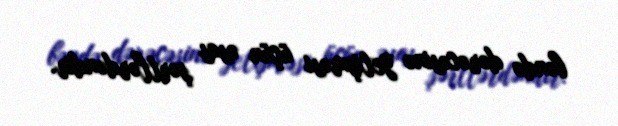
bəndə dərəcəsinə yetişməsi üçün əsas şərtlərdəndir.